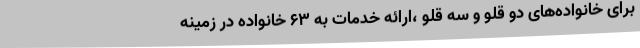
برای خانواده‌های دو قلو و سه قلو ،ارائه خدمات به 63 خانواده در زمینه